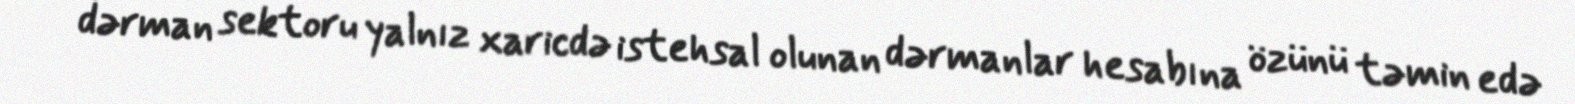
dərman sektoru yalnız xaricdə istehsal olunan dərmanlar hesabına özünü təmin edə